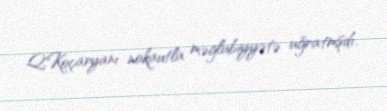
Q.Koçaryanı nokautla məglubiyyətə uğratmşdı.